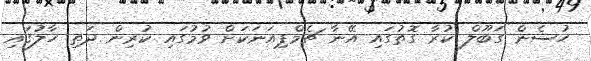
ހުސެން ގަބޫލް ކުރާ ގޮތުގައި އޭނާ ޗެމްޕިއަނަކަށް ވުމުގައި ކުރިން ދަތި ހާލުގައި